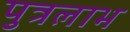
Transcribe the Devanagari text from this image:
पुत्रलाभ